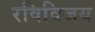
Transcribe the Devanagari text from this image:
रविविजय